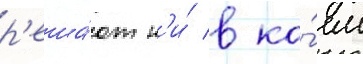
р'еша́ют н'и́ в ко́ем